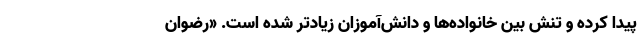
پیدا کرده و تنش بین خانواده‌ها و دانش‌آموزان زیادتر شده است. «رضوان